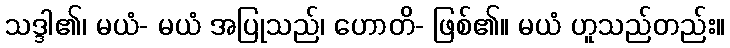
သဒ္ဒါ၏၊ မယံ- မယံ အပြုသည်၊ ဟောတိ- ဖြစ်၏။ မယံ ဟူသည်တည်း။